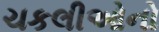
ચકલીઓનો